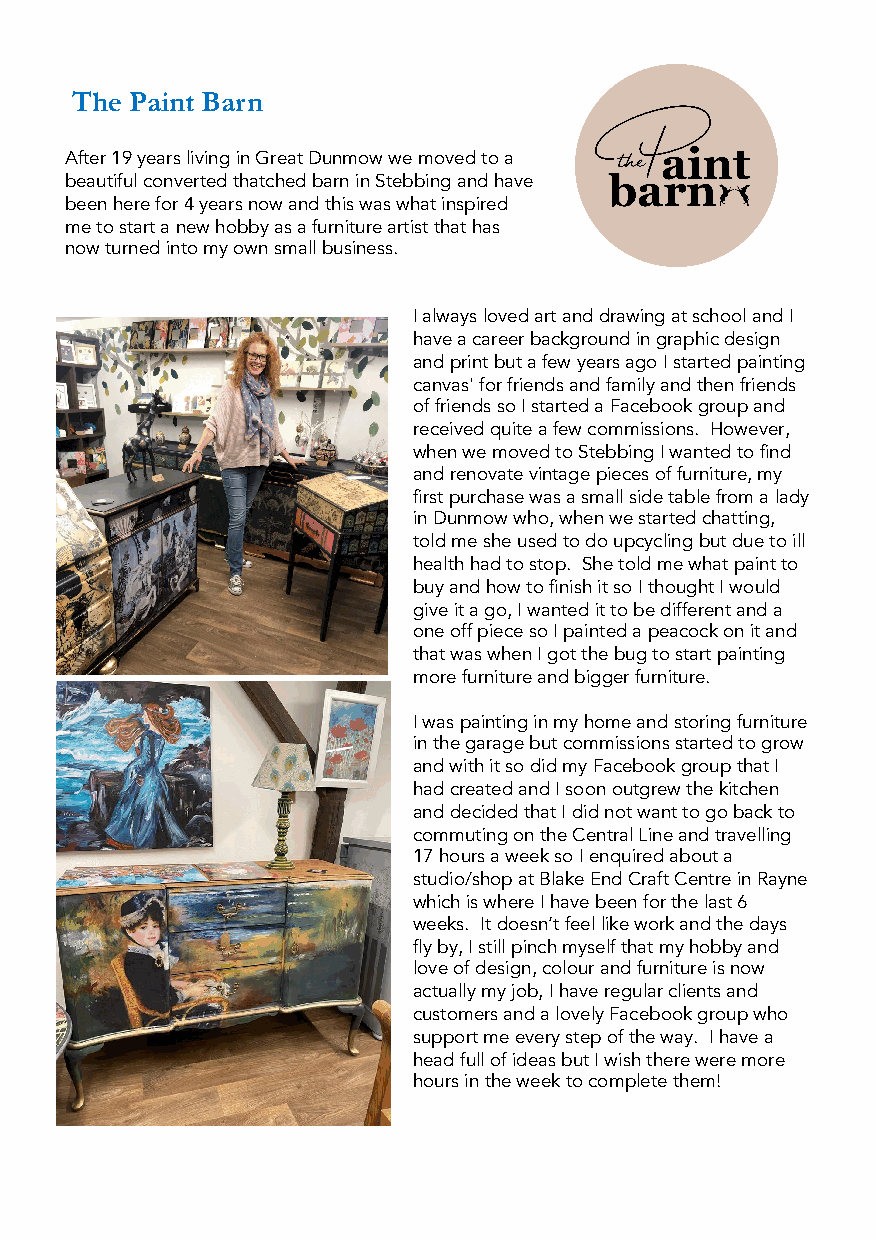
The Paint Barn
 After 19 years living in Great Dunmow we moved to a
 beautiful converted thatched barn in Stebbingand have
 been here for 4 years now and this was what inspired
 me to start a new hobby as a furniture artist that has
 now turned into my own small business.
 I always loved art and drawing at school and I
 have a career background in graphic design
 and print but a few years ago I started painting
 canvas' for friends and family and then friends
 of friends so I started a Facebook group and
 received quite a few commissions. However,
 when we moved to StebbingI wanted to find
 and renovate vintage pieces of furniture, my
 first purchase was a small side table from a lady
 in Dunmow who, when we started chatting,
 told me she used to do upcycling but due to ill
 health had to stop. She told me what paint to
 buy and how to finish it so I thought I would
 give it a go, I wanted it to be different and a
 one off piece so I painted a peacock on it and
 that was when I got the bug to start painting
 more furniture and bigger furniture.
 I was painting in my home and storing furniture
 in the garage butcommissions started to grow
 and with it so did my Facebook group that I
 had created and I soon outgrew the kitchen
 and decided that I did not want to go back to
 commuting on the Central Line and travelling
 17 hours a week so I enquired about a
 studio/shop at Blake End Craft Centre in Rayne
 which is where I have been for the last 6
 weeks. It doesn’t feel like work and the days
 fly by, I still pinch myself that my hobby and
 love of design, colour and furniture is now
 actually my job, I have regular clients and
 customers and a lovely Facebook group who
 support me every step of the way. I have a
 head full of ideas but I wish there were more
 hours in the week to complete them!